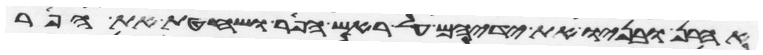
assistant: אהרן ובניו את ידיהם על ראש הפר ושחטת את הפר